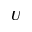
U